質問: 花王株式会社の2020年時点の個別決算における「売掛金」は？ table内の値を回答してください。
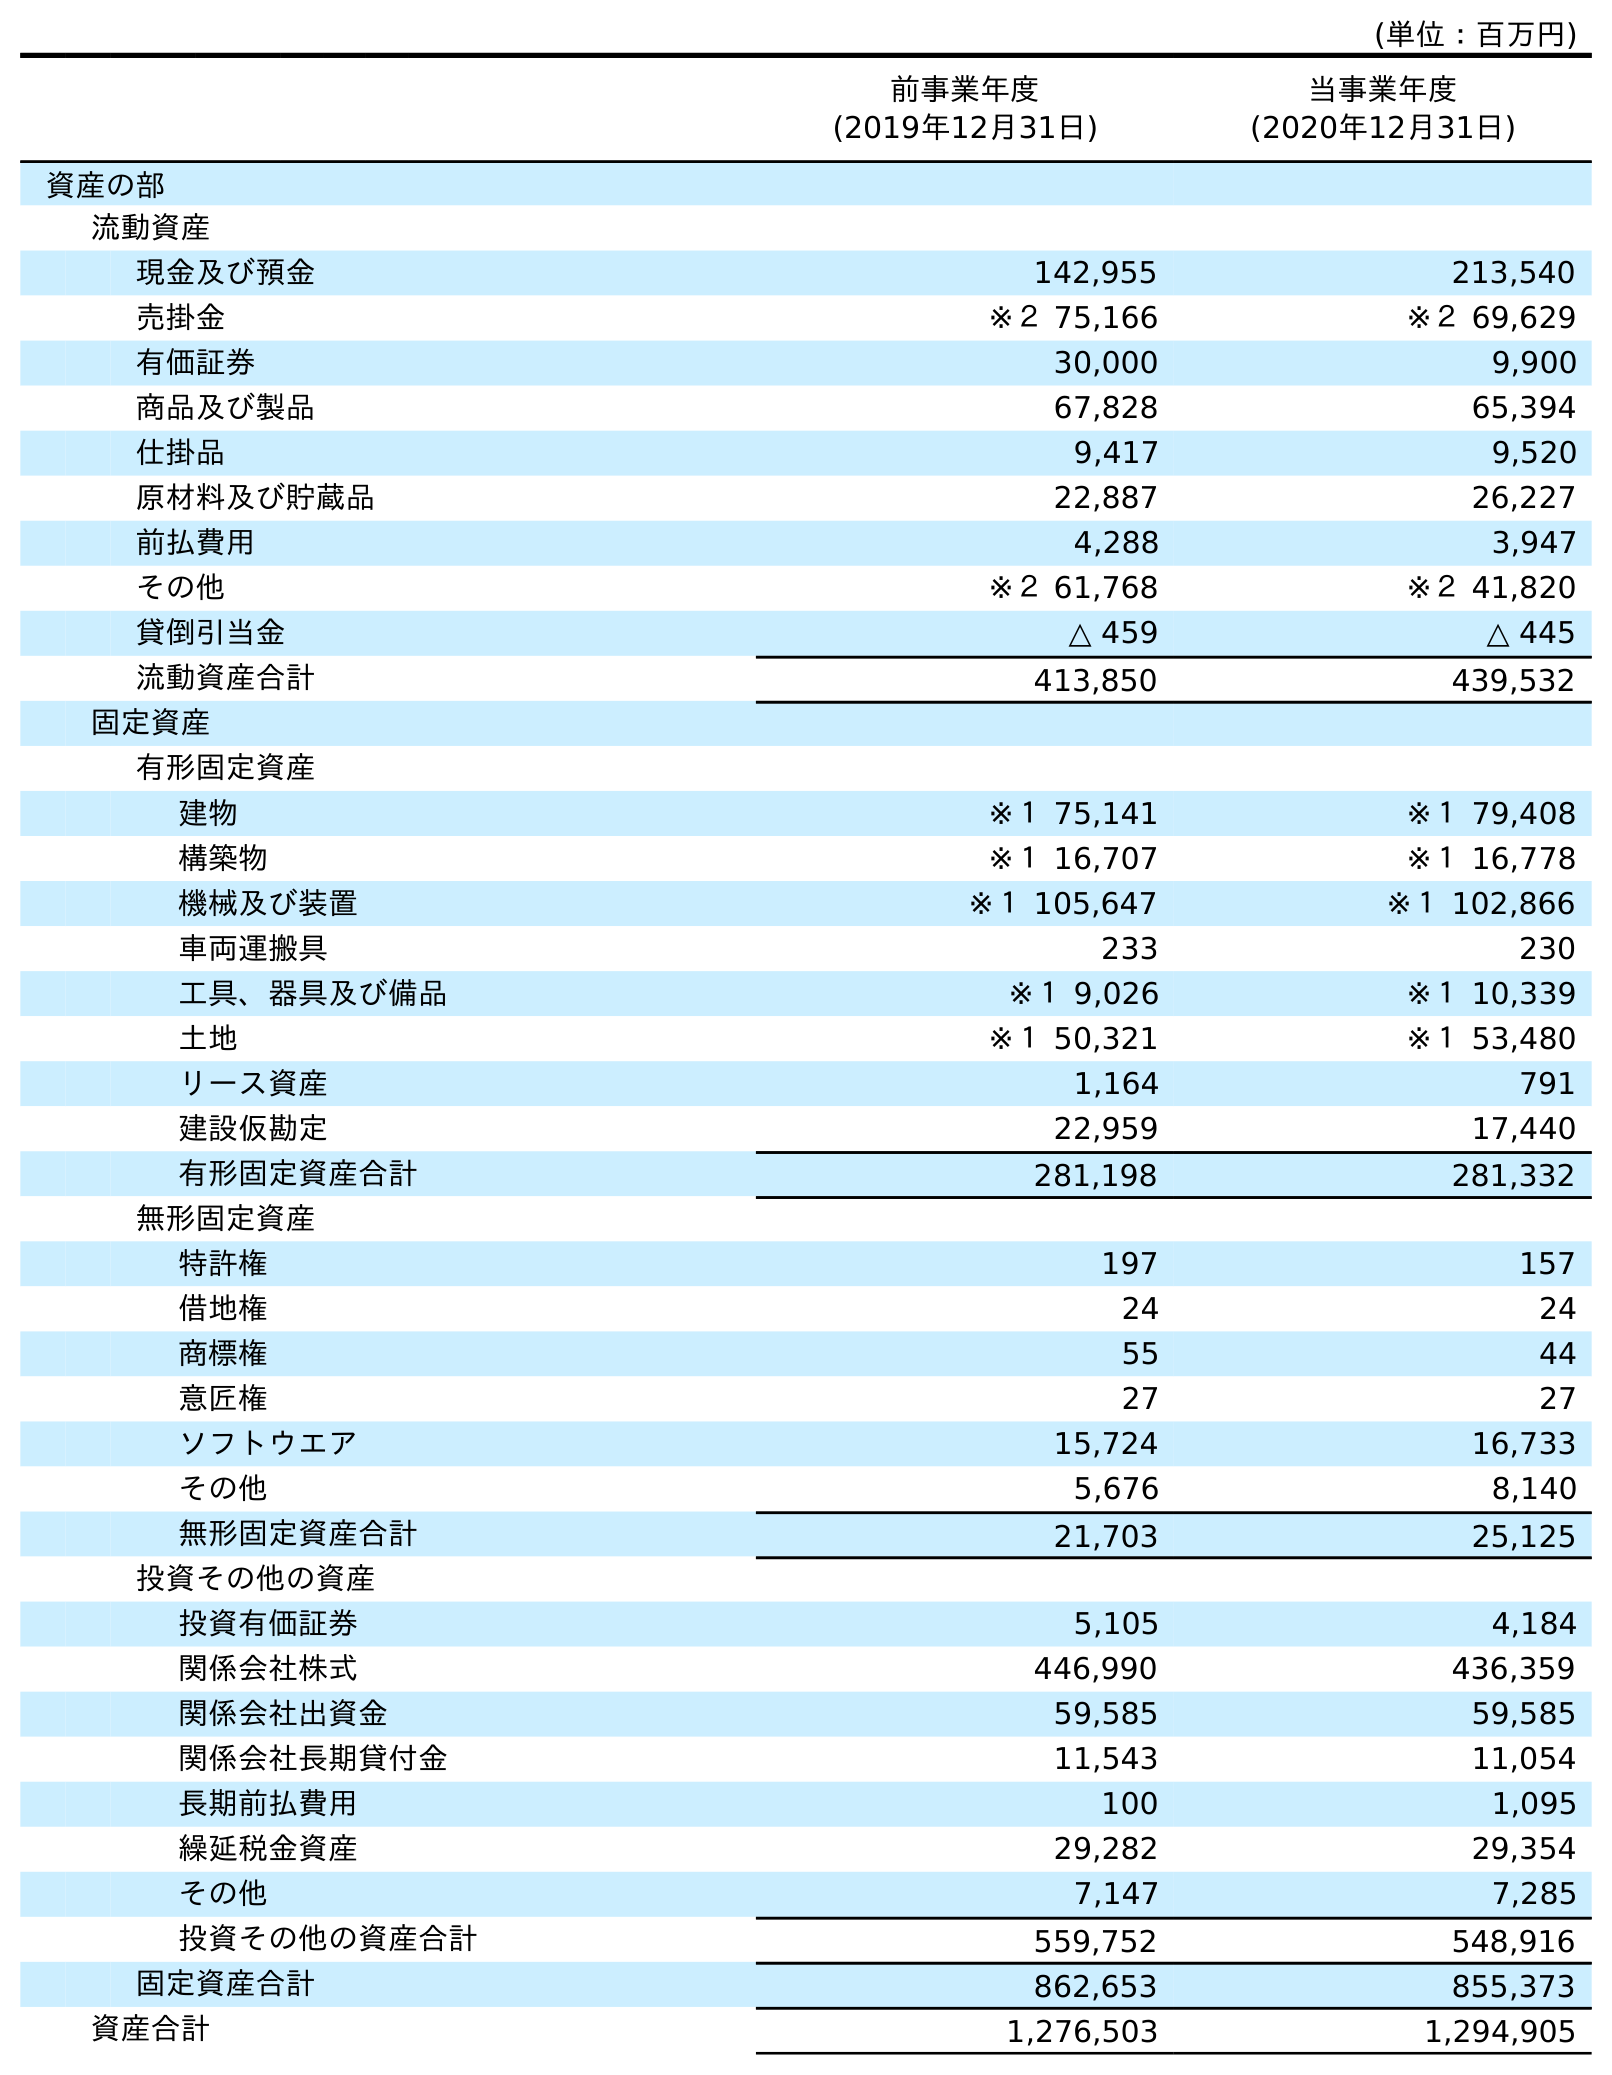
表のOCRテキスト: (単位：百万円) 前事業年度 (2019年12月31日) 当事業年度 (2020年12月31日) 資産の部 流動資産 現金及び預金 142,955 213,540 売掛金 ※２ 75,166 ※２ 69,629 有価証券 30,000 9,900 商品及び製品 67,828 65,394 仕掛品 9,417 9,520 原材料及び貯蔵品 22,887 26,227 前払費用 4,288 3,947 その他 ※２ 61,768 ※２ 41,820 貸倒引当金 △ 459 △ 445 流動資産合計 413,850 439,532 固定資産 有形固定資産 建物 ※１ 75,141 ※１ 79,408 構築物 ※１ 16,707 ※１ 16,778 機械及び装置 ※１ 105,647 ※１ 102,866 車両運搬具 233 230 工具、器具及び備品 ※１ 9,026 ※１ 10,339 土地 ※１ 50,321 ※１ 53,480 リース資産 1,164 791 建設仮勘定 22,959 17,440 有形固定資産合計 281,198 281,332 無形固定資産 特許権 197 157 借地権 24 24 商標権 55 44 意匠権 27 27 ソフトウエア 15,724 16,733 その他 5,676 8,140 無形固定資産合計 21,703 25,125 投資その他の資産 投資有価証券 5,105 4,184 関係会社株式 446,990 436,359 関係会社出資金 59,585 59,585 関係会社長期貸付金 11,543 11,054 長期前払費用 100 1,095 繰延税金資産 29,282 29,354 その他 7,147 7,285 投資その他の資産合計 559,752 548,916 固定資産合計 862,653 855,373 資産合計 1,276,503 1,294,905
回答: ※２69,629